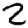
Digit: 2